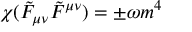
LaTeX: \chi ( \tilde { F } _ { \mu \nu } \tilde { F } ^ { \mu \nu } ) = \pm \omega m ^ { 4 }